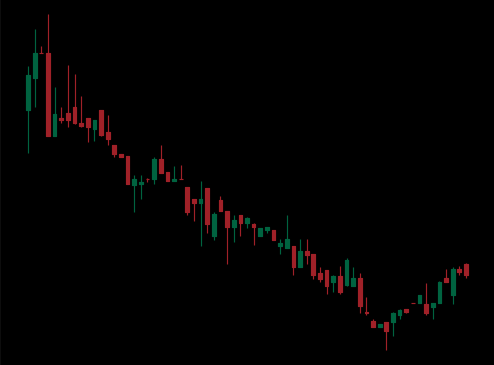
Pattern: bull_flag